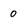
Character: 0